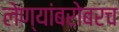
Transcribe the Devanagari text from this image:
लेण्यांबरोबरच